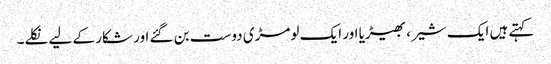
کہتے ہیں ایک شیر ، بھیڑیا اور ایک لومڑی دوست بن گئے اور شکار کے لیے نکلے۔